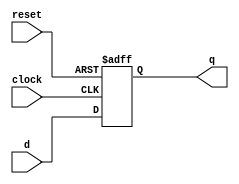
`timescale 1ns / 1ps
//////////////////////////////////////////////////////////////////////////////////
//Programador: Edgar Gutierrez y Oscar Soto
//Curso: Laboratorio de circuitos digitales
//Proyecto: Control de un servomotor
//
//Descripcion: En este modulo se genera un registro de transmision de datos paralelo-paralelo
//////////////////////////////////////////////////////////////////////////////////
module Registro_N_bits

#(parameter N = 6)//Se parametriza para hacer flexible el cambio de ancho de palabra
//Declaracion de senales de entrada y salida
(
  input wire clock,
  input wire reset,
  input wire signed  [N-1:0] d ,
  output reg signed [N-1:0] q  
); 

always @(posedge clock , posedge reset) //Lista sensitiva, responde ante un flanco positivo del clock o reset
	 if (reset)
		q <= 0; // Si reset esta en alto salidas en 0
	else 
      q <= d; // Si el enable esta en alto q toma el valor de la entrada d 
endmodule